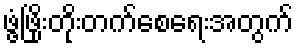
ဖွံ့ဖြိုးတိုးတက်စေရေးအတွက်